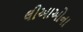
લીઆઓના